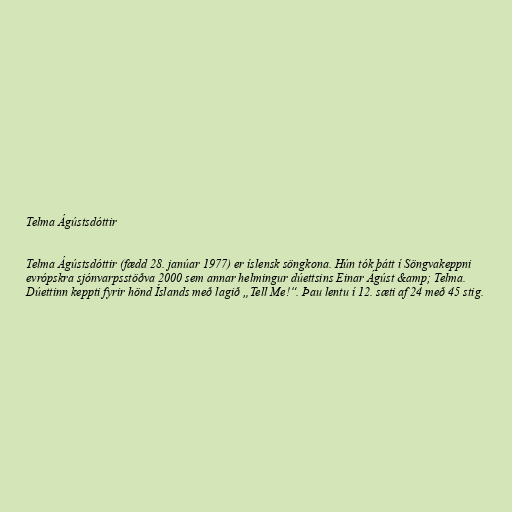
Telma Ágústsdóttir

Telma Ágústsdóttir (fædd 28. janúar 1977) er íslensk söngkona. Hún tók þátt í Söngvakeppni
evrópskra sjónvarpsstöðva 2000 sem annar helmingur dúettsins Einar Ágúst &amp; Telma.
Dúettinn keppti fyrir hönd Íslands með lagið „Tell Me!“. Þau lentu í 12. sæti af 24 með 45 stig.